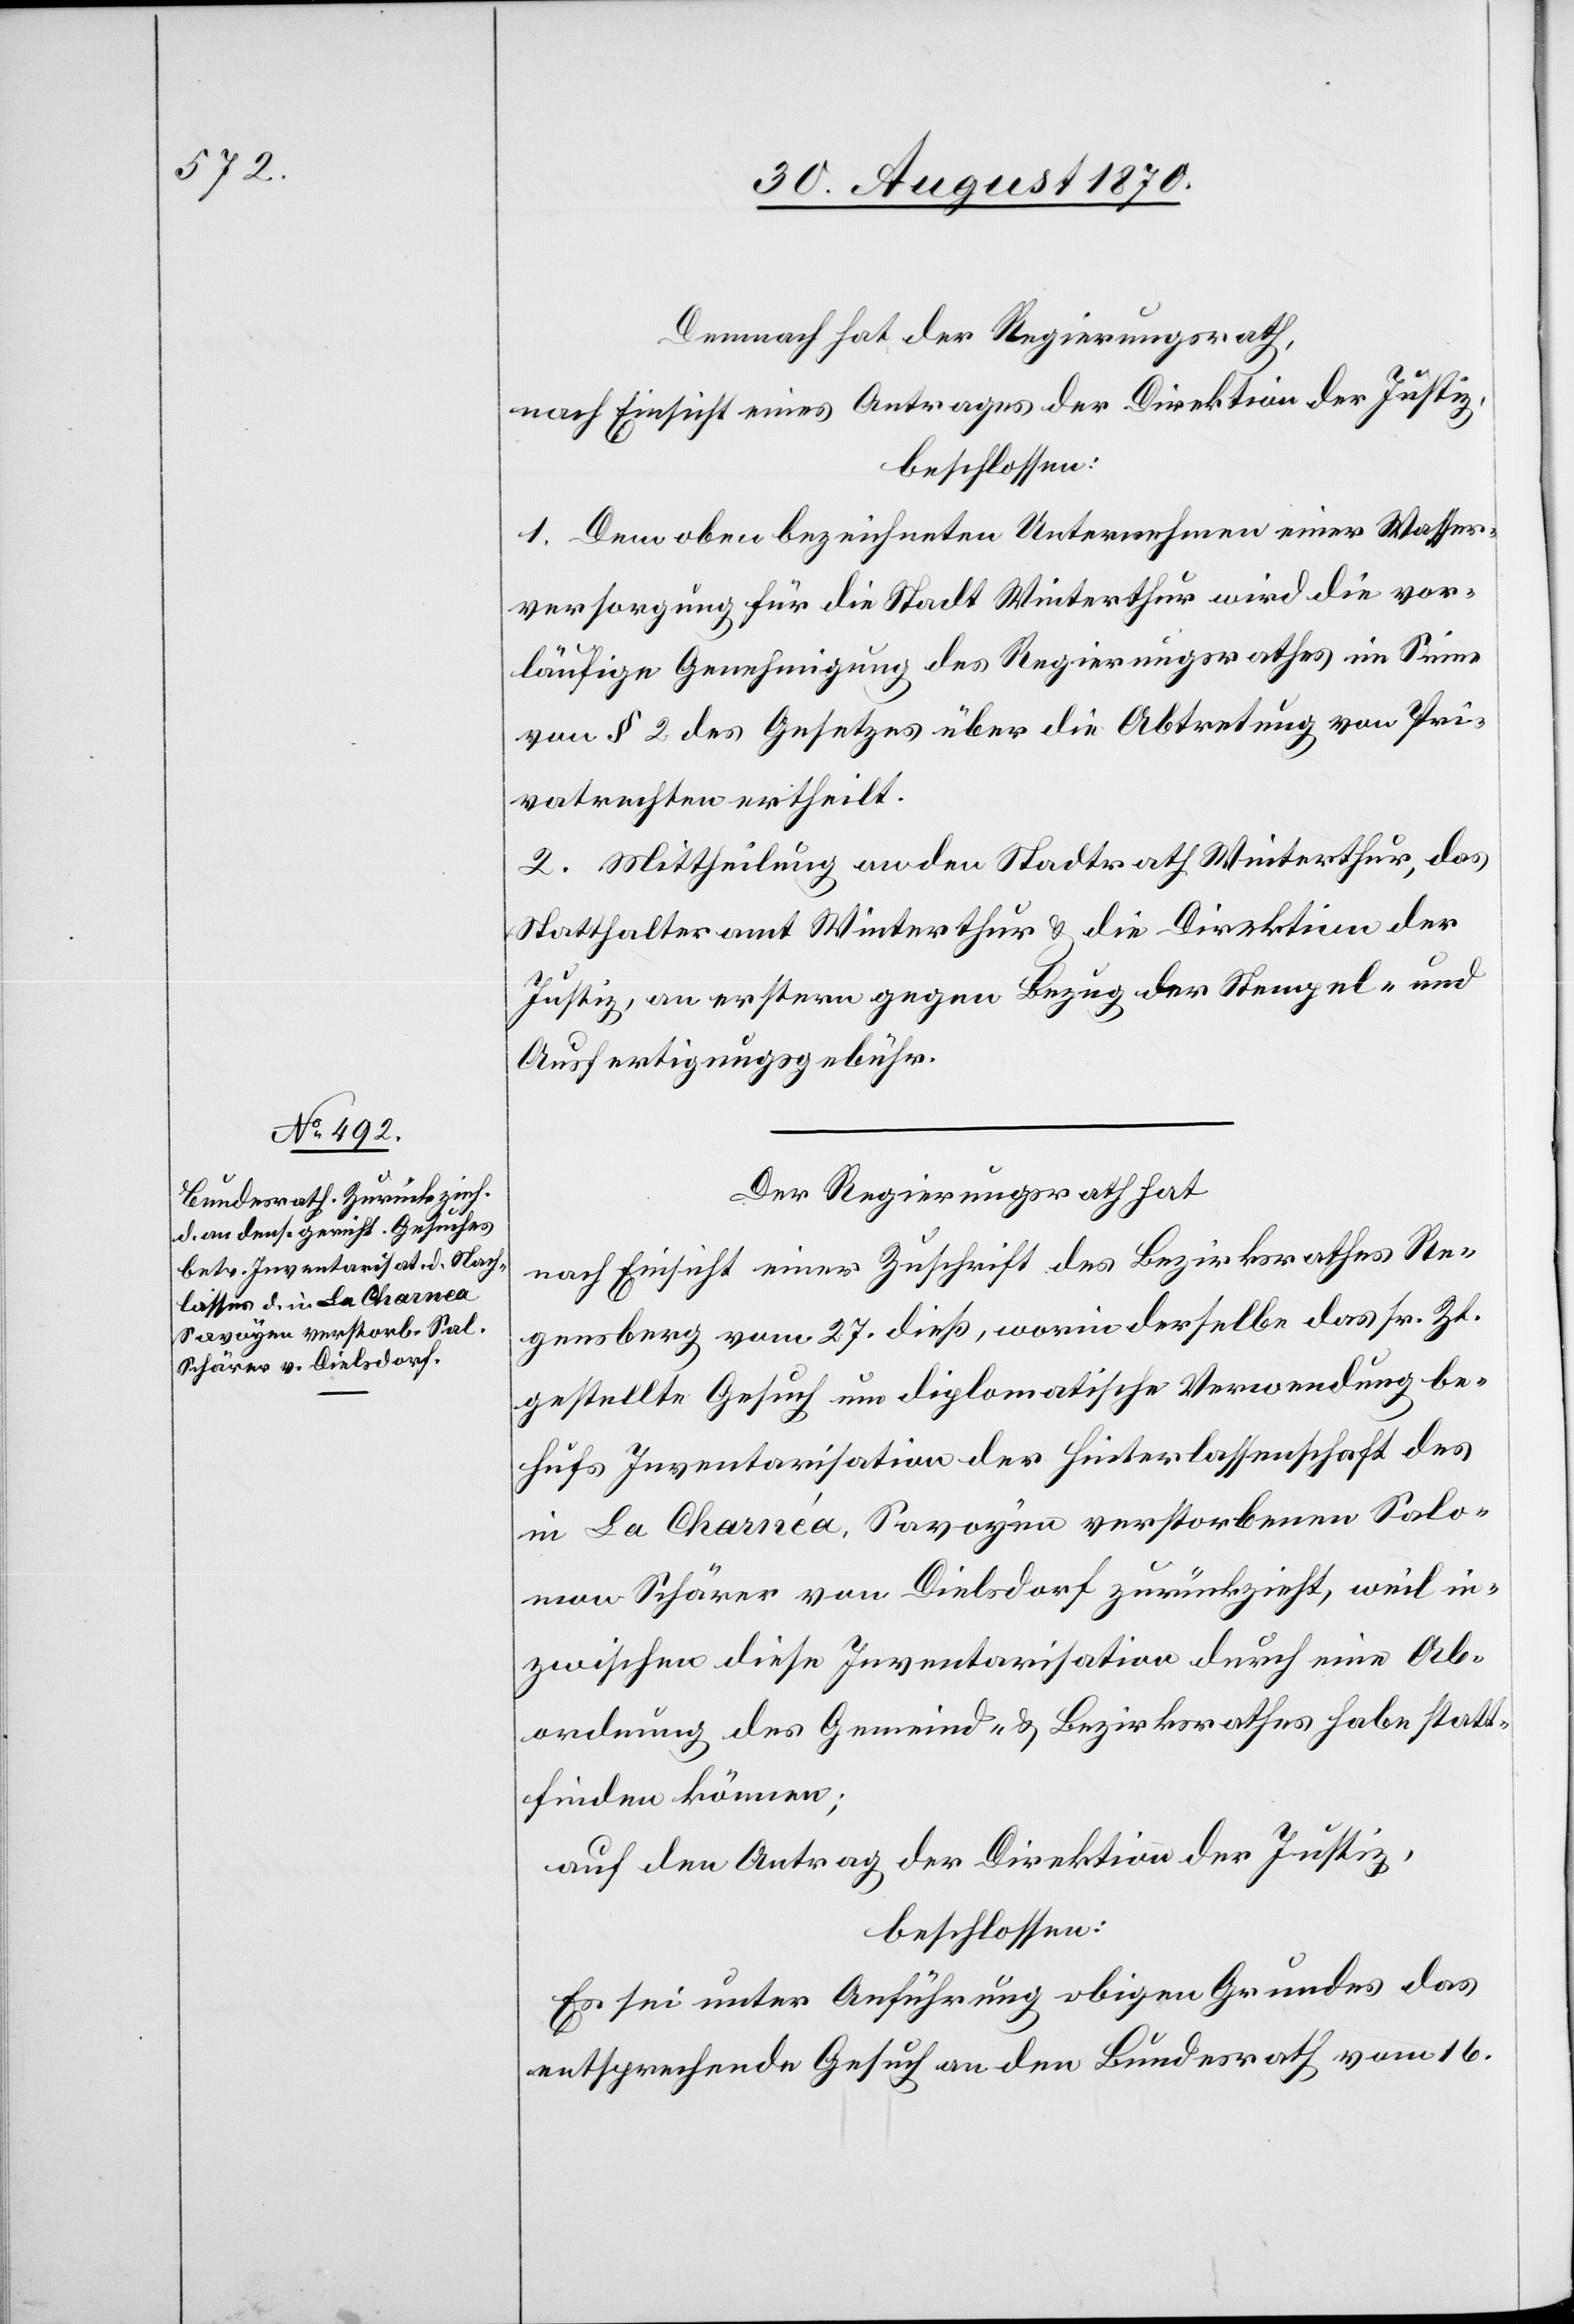
Demnach hat der Regierungsrath,
nach Einsicht eines Antrages der Direktion der Justiz,
beschlossen:
1. Dem oben bezeichneten Unternehmen einer Wasser¬
versorgung für die Stadt Winterthur wird die vor¬
läufige Genehmigung des Regierungsrathes im Sinne
von § 2 des Gesetzes über die Abtretung von Pri¬
vatrechten ertheilt.
2. Mittheilung an den Stadtrath Winterthur, das
Statthalteramt Winterthur & die Direktion der
Justiz, an erstern gegen Bezug der Stempel- &
Ausfertigungsgebühr.
Der Regierungsrath hat
nach Einsicht einer Zuschrift des Bezirksrathes Re¬
gensberg vom 27. dieß, worin derselbe das sr. Zt.
gestellte Gesuch um diplomatische Verwendung be¬
hufs Inventarisation der Hinterlassenschaft des
in La Charnéa, Savoyen verstorbenen Salo¬
mon Schärer von Dielsdorf zurückzieht, weil in¬
zwischen diese Inventarisation durch eine Ab¬
ordnung des Gemeind- & Bezirksrathes habe statt¬
finden können;
auf den Antrag der Direktion der Justiz,
beschlossen:
Es sei unter Anführung obigen Grundes das
entsprechende Gesuch an den Bundesrath vom 16.